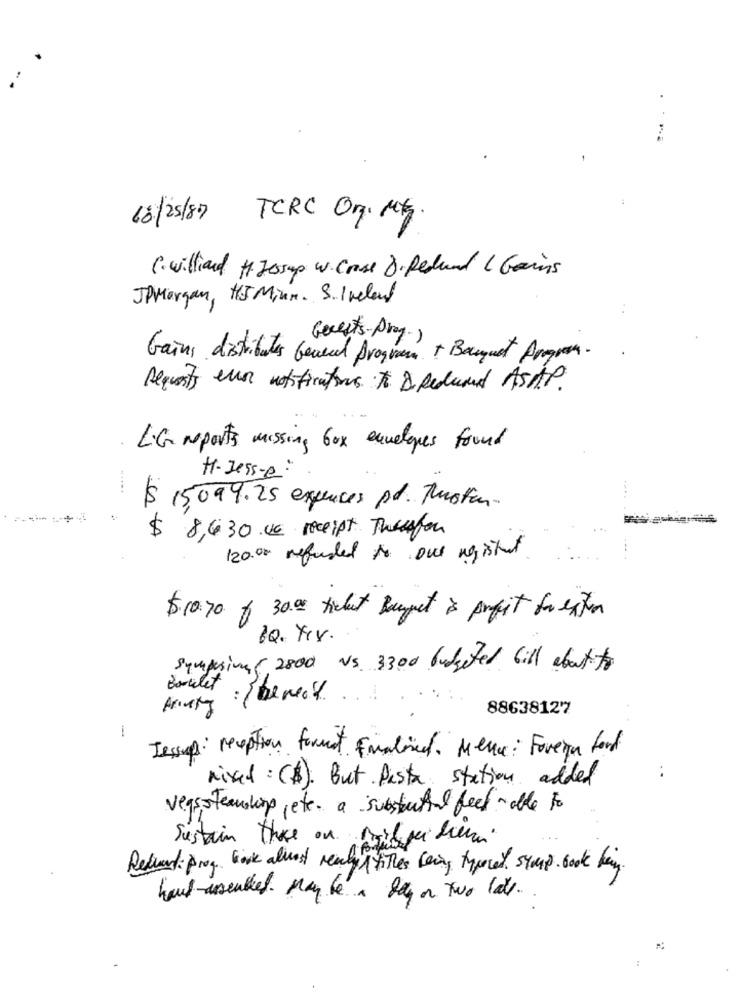
18/25/87 TCRC Org. Mt.
C. williard H.20sap W. Cross Di Redund 1 Gains
JPMorgan, HJMinn. S. Ireland
Gerets-Pry.)
Gains distributes Geared Program + Banquet Argon.
Requests even notifications To DI Reduced ASAP.
LIG reports missing box envelopes found
H-Jesse:
$ 15,099.25 expenses pd. Musten.
$
8,630.00 receipt Tweesfon
120.00 refused to one ng ishet
$10.70 / 30.00 ticket Bourget & profit for extin
QQ. Yes.
Sympusing ( 2800 vs. 3300 budgeted bill about to
Booklet
88638127
-.
Jessup: reception format Finalised. Menu: Foreign ford
Mixed: ($). But Pista station added
:
vegsoteaushang ,etc. a substantial feed able to
Sustain there on Bilgi der
Redund prog bok almost ready times being typeced. symp. cook key.
haut assembled. May be a Day or two late.